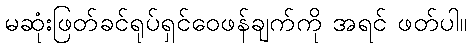
မဆုံးဖြတ်ခင်ရုပ်ရှင်ဝေဖန်ချက်ကို အရင် ဖတ်ပါ။